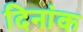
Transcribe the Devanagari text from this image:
दिनांक